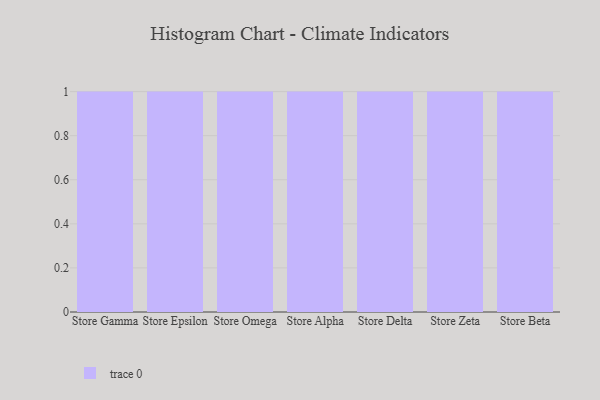
{"axis": {"x": "Store", "y": "Temperature (°C)"}, "legend": [""], "data": [{"x": "Store Gamma", "y": 99, "type": ""}, {"x": "Store Epsilon", "y": 6, "type": ""}, {"x": "Store Omega", "y": 84, "type": ""}, {"x": "Store Alpha", "y": 6, "type": ""}, {"x": "Store Delta", "y": 5, "type": ""}, {"x": "Store Zeta", "y": 4, "type": ""}, {"x": "Store Beta", "y": 30, "type": ""}]}